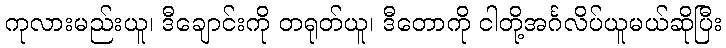
ကုလားမည်းယူ၊ ဒီချောင်းကို တရုတ်ယူ၊ ဒီတောကို ငါတို့အင်္ဂလိပ်ယူမယ်ဆိုပြီး